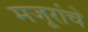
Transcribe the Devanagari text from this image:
मजूरांचे